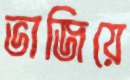
ভাজিয়ে